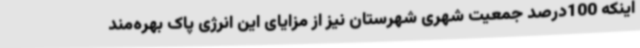
اینکه 100درصد جمعیت شهری شهرستان نیز از مزایای این انرژی پاک بهره‌مند